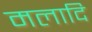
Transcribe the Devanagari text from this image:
मलादि